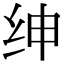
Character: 绅